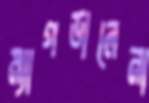
ম্যাগডালেনা